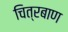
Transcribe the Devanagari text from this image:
चित्रबाण